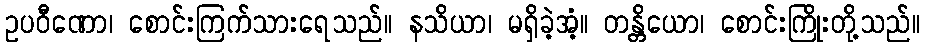
ဥပဝီဏော၊ စောင်းကြက်သားရေသည်။ နသိယာ၊ မရှိခဲ့အံ့။ တန္တိယော၊ စောင်းကြိုးတို့သည်။